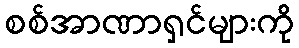
စစ်အာဏာရှင်များကို